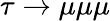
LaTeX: \tau\to\mu\mu\mu